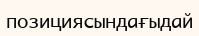
позициясындағыдай